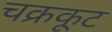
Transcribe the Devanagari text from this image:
चक्रकूट